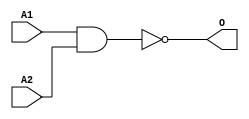
module JCNAN2B1(A1, A2, O);
input   A1;
input   A2;
output  O;
nand g0(O, A1, A2);
endmodule